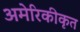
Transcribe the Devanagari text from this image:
अमेरिकीकृत